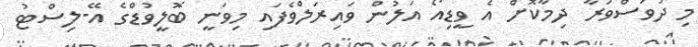
މި ދުވަސްވަރާ ދިމާކޮށް އެ ވީޑިއޯ އަލުން ވައިރަލްވެފައި މިވަނީ ބޮލީވުޑްގެ އޭ-ލިސްޓު